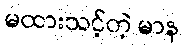
မထားသင့်တဲ့ မာန